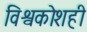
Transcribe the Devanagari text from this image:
विश्वकोशही